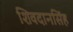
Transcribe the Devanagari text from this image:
शिवदानसिंह